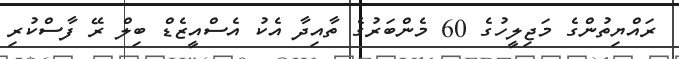
ރައްޔިތުންގެ މަޖިލީހުގެ 60 މެންބަރުގެ ތާއިދާ އެކު އެސްއީޒެޑް ބިލް ރޭ ފާސްކުރި